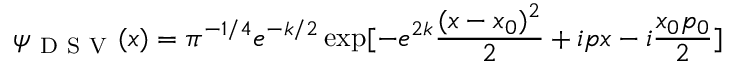
\psi _ { \mathrm { ~ D ~ S ~ V ~ } } ( x ) = \pi ^ { - 1 / 4 } e ^ { - k / 2 } \exp [ - e ^ { 2 k } \frac { ( x - x _ { 0 } ) ^ { 2 } } { 2 } + i p x - i \frac { x _ { 0 } p _ { 0 } } { 2 } ]